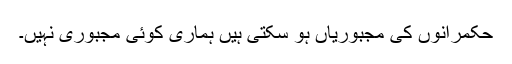
حکمرانوں کی مجبوریاں ہو سکتی ہیں ہماری کوئی مجبوری نہیں۔